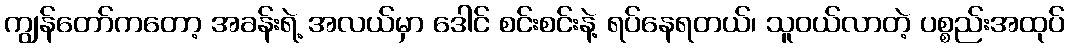
ကျွန်တော်ကတော့ အခန်းရဲ့ အလယ်မှာ ဒေါင် စင်းစင်းနဲ့ ရပ်နေရတယ်၊ သူဝယ်လာတဲ့ ပစ္စည်းအထုပ်